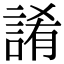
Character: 誵